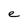
Character: e